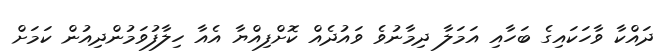
ދައްކާ ވާހަކައިގެ ބަހާއި އަމަލާ ދިމާނުވެ ވައުދެއް ކޮށްފިއްޔާ އެއާ ހިލާފުވަމުންދިއުން ކަމަށް